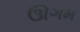
ઊગમ